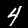
Label: 4